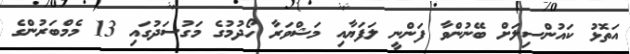
އަތޮޅު ކައުންސިލަށް ބޭނުންވާ ފަންނީ ލަފަޔާއި މަޝްވަރާ ހޯދުމުގެ މަގުސަދުގައި 13 މެމްބަރުންގެ